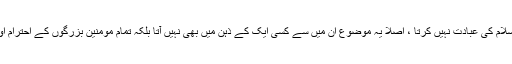
کوئی بھی عقلمند پیغمبر ۖ یا حضرات معصومین علیہم السلام کی عبادت نہیں کرتا ، اصلاً یہ موضوع ان میں سے کسی ایک کے ذہن میں بھی نہیں آتا بلکہ تمام مومنین بزرگوں کے احترام اور شفاعت کی خاطر ان کی زیارت کے لئے جاتے ہیں۔